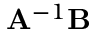
\mathbf { A } ^ { - 1 } \mathbf { B }